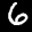
Label: 6